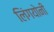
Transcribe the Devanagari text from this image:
लिंगयोनी